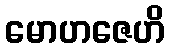
မောဟဇေဟိ